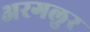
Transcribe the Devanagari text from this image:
अरगलुर